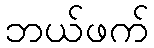
ဘယ်ဖက်